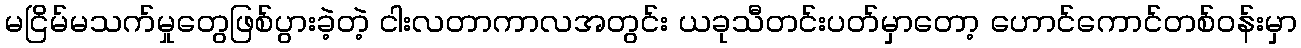
မငြိမ်မသက်မှုတွေဖြစ်ပွားခဲ့တဲ့ ငါးလတာကာလအတွင်း ယခုသီတင်းပတ်မှာတော့ ဟောင်ကောင်တစ်ဝန်းမှာ